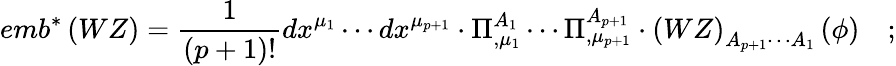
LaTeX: emb^{*}\left(WZ\right)=\frac 1{\left(p+1\right)!}dx^{\mu_{1}}\cdots dx^{\mu_{p+1}}\cdot\Pi_{,\mu_{1}}^{A_{1}}\cdots\Pi_{,\mu_{p+1}}^{A_{p+1}}\cdot\left(WZ\right)_{A_{p+1}\cdots A_{1}}\left(\phi\right)\quad;